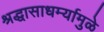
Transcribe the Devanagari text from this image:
श्रद्धासाधर्म्यामुळे